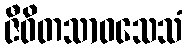
ဇီဝိတသာဝသေသံ